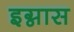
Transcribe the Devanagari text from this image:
इग्नास